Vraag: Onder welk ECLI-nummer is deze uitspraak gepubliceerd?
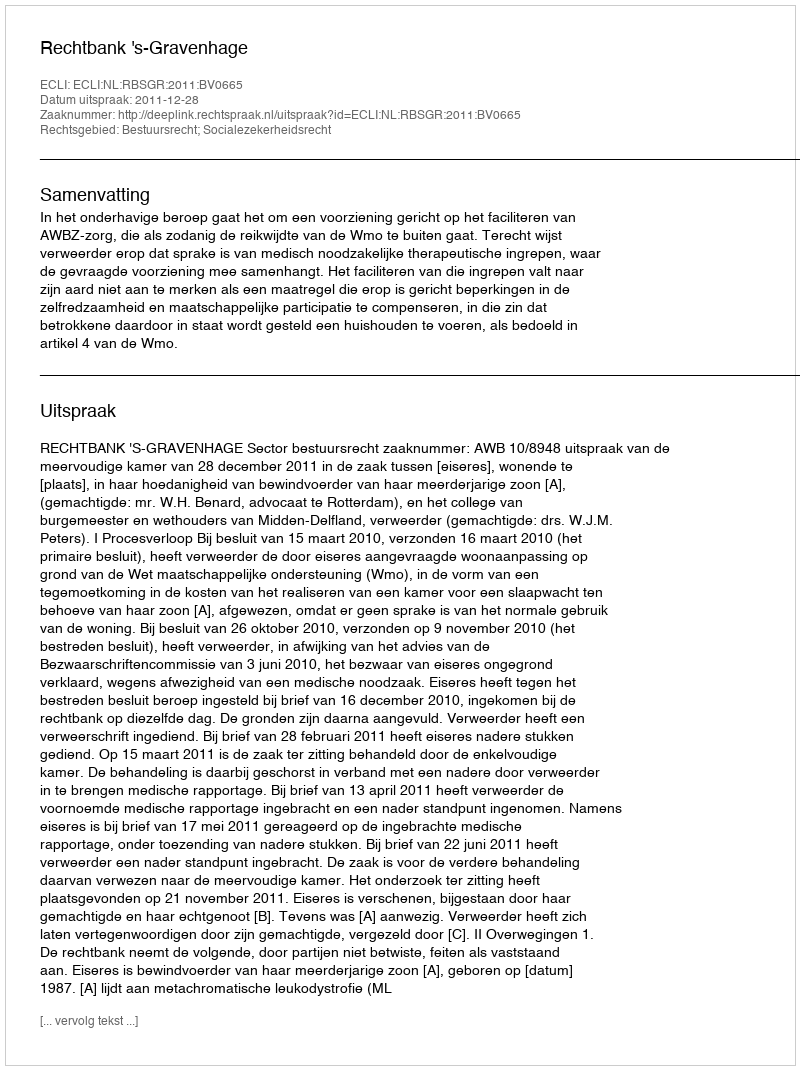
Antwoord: ECLI:NL:RBSGR:2011:BV0665